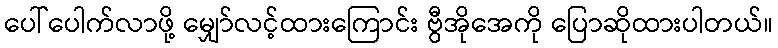
ပေါ်ပေါက်လာဖို့ မျှော်လင့်ထားကြောင်း ဗွီအိုအေကို ပြောဆိုထားပါတယ်။